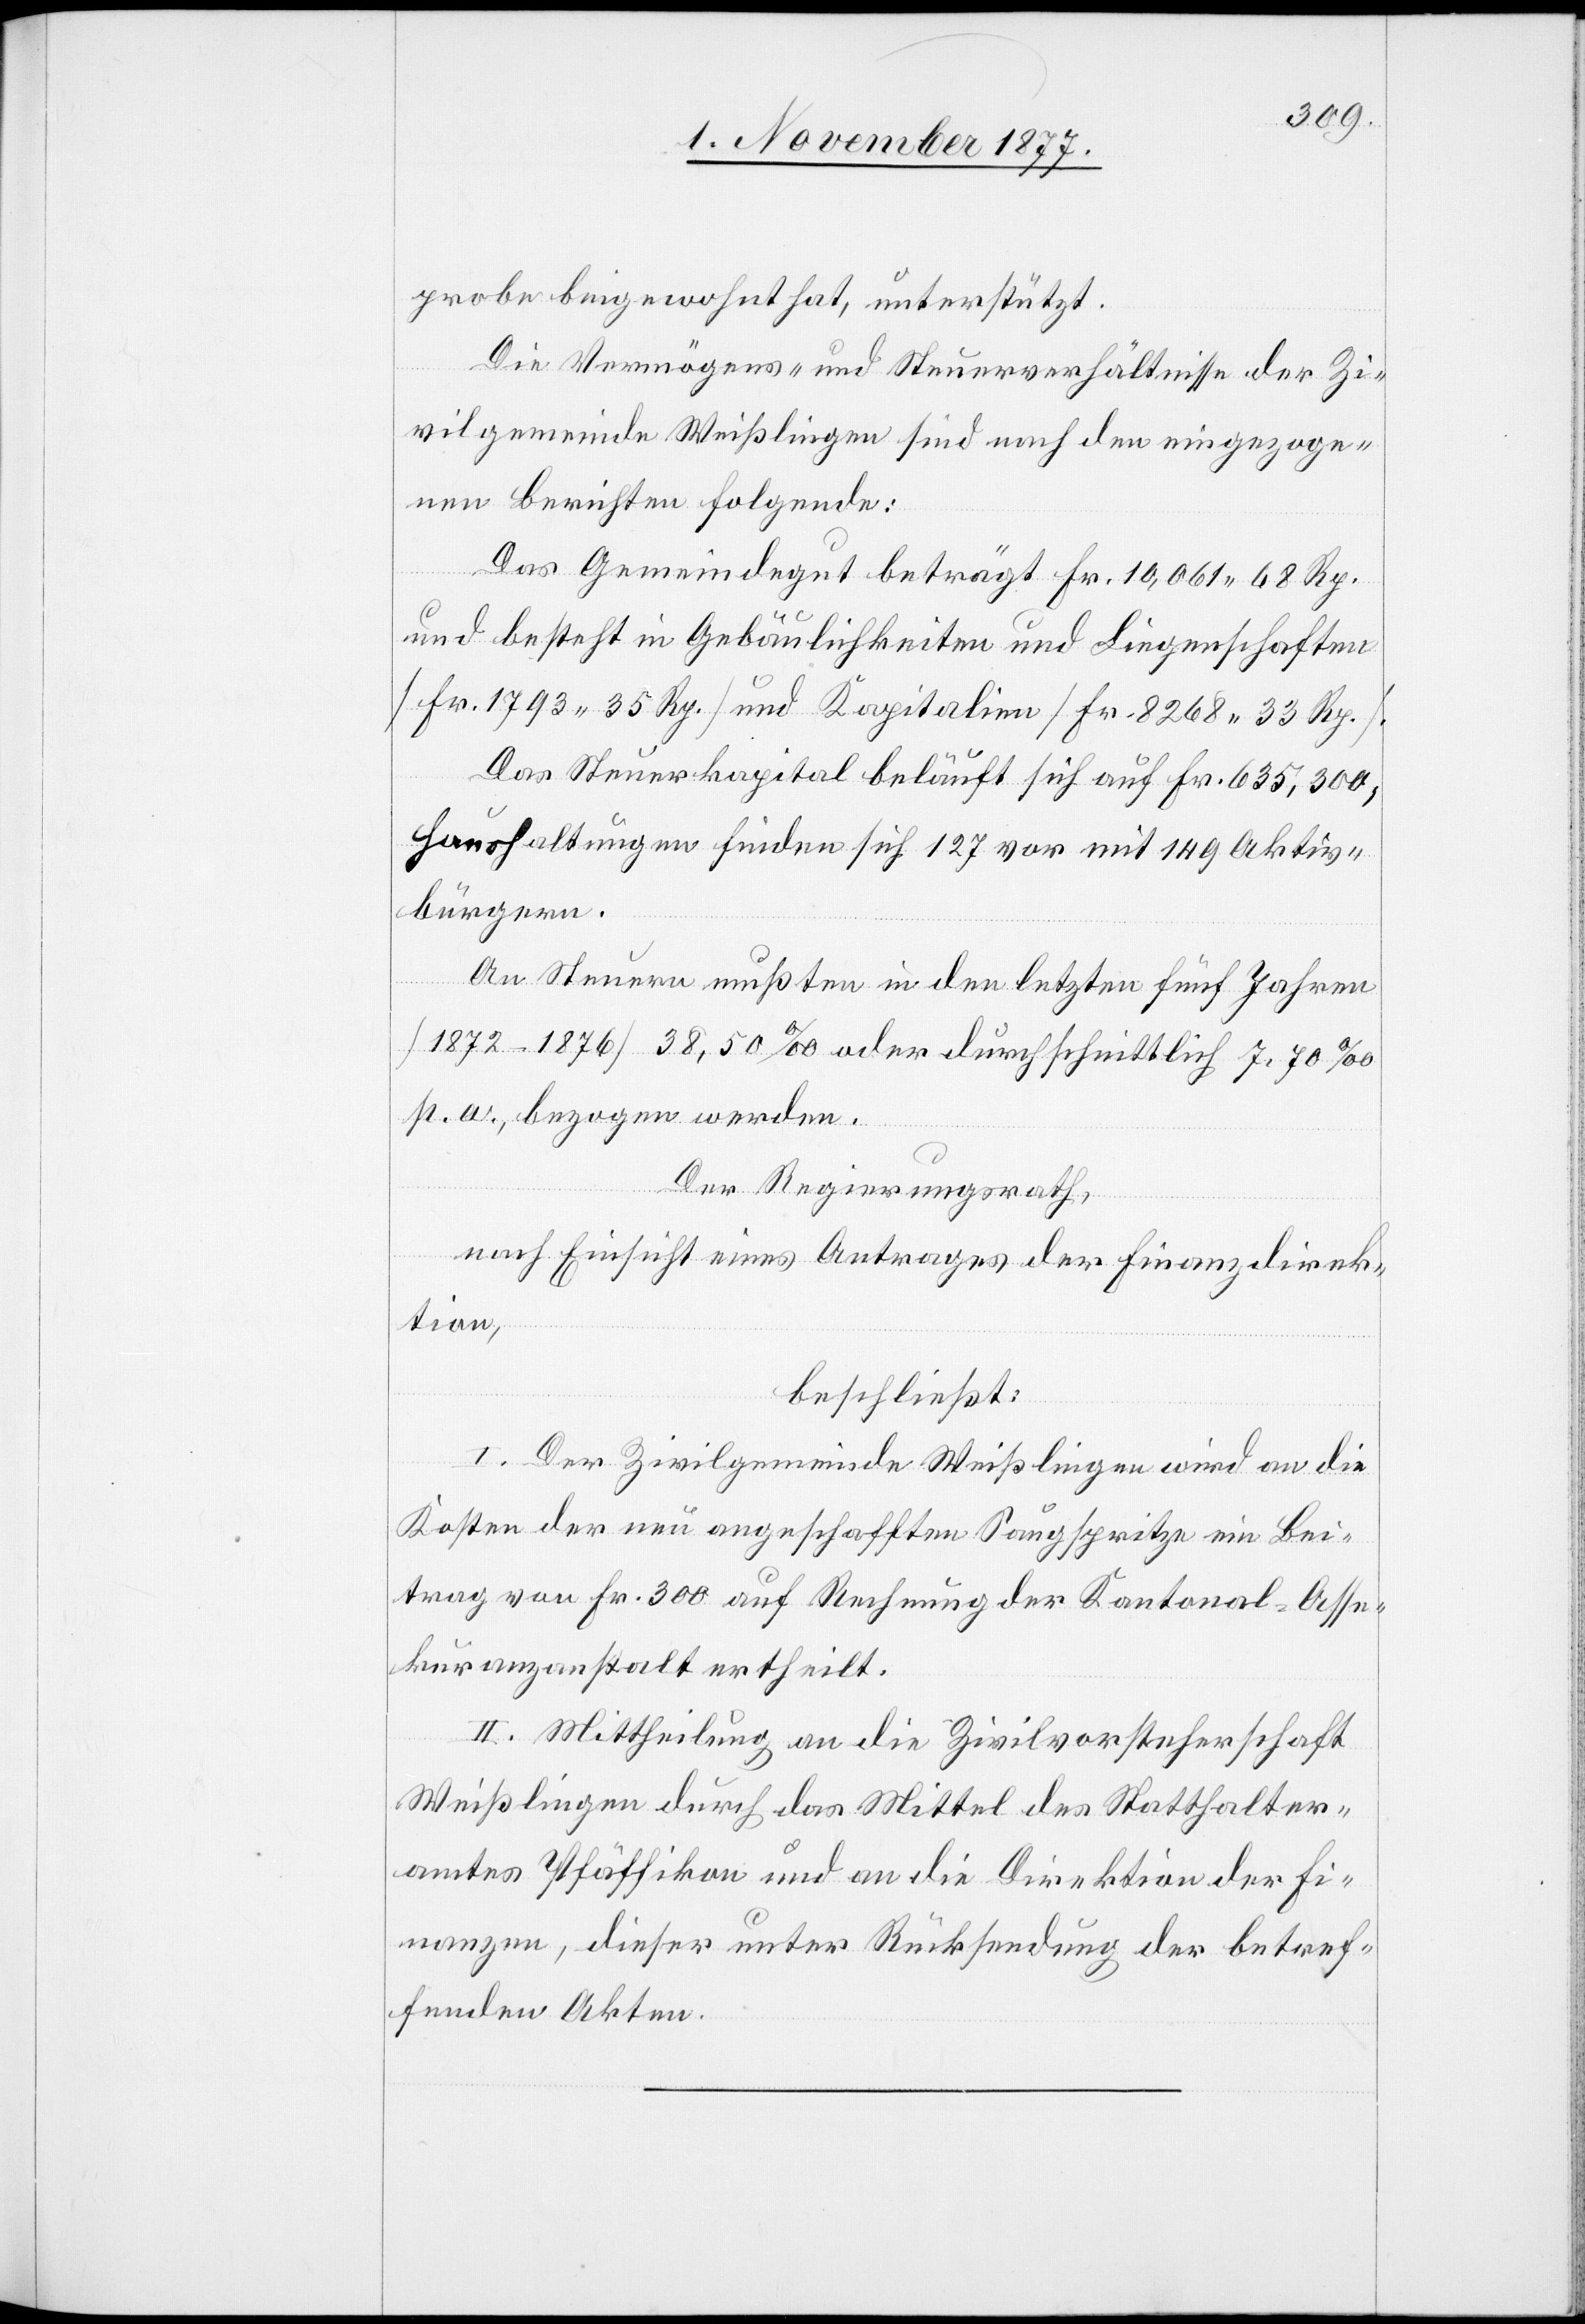
probe beigewohnt hat, unterstützt.
Die Vermögens- und Steuerverhältnisse der Zi¬
vilgemeinde Weißlingen sind nach den eingezoge¬
nen Berichten folgende:
Das Gemeindegut beträgt Fr. 10,061 68 Rp.
und besteht in Gebäulichkeiten und Liegenschaften
[Fr. 1793 35 Rp.] und Kapitalien [Fr. 8268 33 Rp.].
Das Steuerkapital beläuft sich auf Fr. 635,300;
Haushaltungen finden sich 127 vor mit 149 Aktiv¬
bürgern.
An Steuern mußten in den letzten fünf Jahren
[1872–1876] 38,50‰ oder durchschnittlich 7,70‰
p. a., bezogen werden.
Der Regierungsrath,
nach Einsicht eines Antrages der Finanzdirek¬
tion,
beschließt:
I. Der Zivilgemeinde Weißlingen wird an die
Kosten der neu angeschafften Saugspritze ein Bei¬
trag von Fr. 300 auf Rechnung der Kantonal-Asse¬
kuranzanstalt ertheilt.
II. Mittheilung an die Zivilvorsteherschaft
Weißlingen durch das Mittel des Statthalter¬
amtes Pfäffikon und an die Direktion der Fi¬
nanzen, dieser unter Rücksendung der betref¬
fenden Akten.